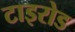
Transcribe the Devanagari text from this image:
टाइरोड